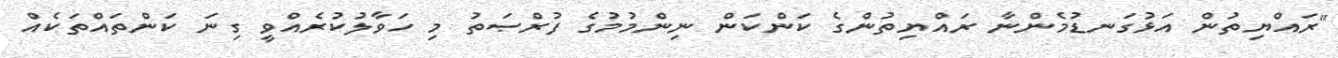
"ރައްޔިތުން އަޅުގަނޑުމެންނާ ރައްޔިތުންގެ ކަންކަން ނިންމުމުގެ ފުރްޞަތު މި ހަވާލުކުރެއްވީ ގިނަ ކަންތައްތަކެއް